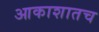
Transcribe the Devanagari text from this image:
आकाशातच